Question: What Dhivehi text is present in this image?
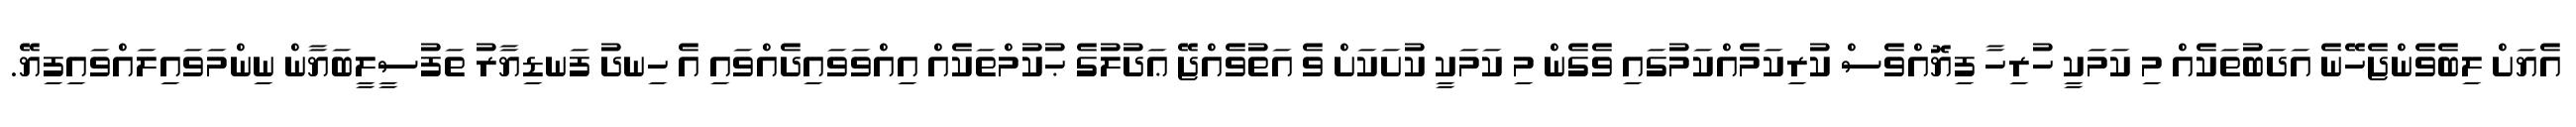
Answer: އެޔަށް ލިބެވެންޖެހޭނެ އަދަބުތަކެއް މި ކަމަކީ ހުރިހާ ފިޔޮއްވެސް ކުރިކަމެއްކަމުގައި ވެގެން މި ކަމަކީ ކުށަކަށް ވެ އަތުވެއްޖޭ ޢަދުލުގެ ޙުކުމްތަކެއް އިއްވަވައިދެއްވައި އެ ހިނދު ފަނޑިޔާރު ތަފުސީލީބަޔާން ނިންމަވައިލައްވައިފިޔޭ.